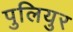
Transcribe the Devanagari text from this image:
पुलियुर